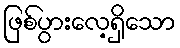
ဖြစ်ပွားလေ့ရှိသော